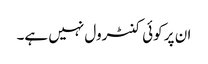
ان پر کوئی کنٹرول نہیں ہے۔